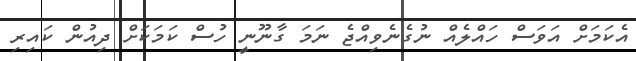
އެކަމަށް އަވަސް ހައްލެއް ނުގެނެވިއްޖެ ނަމަ ގާނޫނީ ހުސް ކަމަކަށް ދިއުން ކައިރި